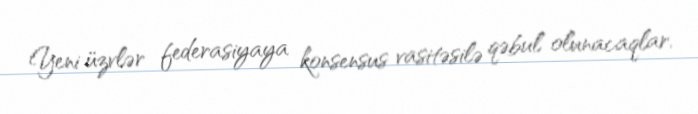
Yeni üzvlər federasiyaya konsensus vasitəsilə qəbul olunacaqlar.